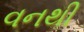
વનથી